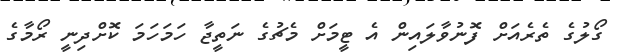
ގޯލުގެ ތެރެއަށް ފޮނުވާލައިން އެ ޓީމަށް މެޗުގެ ނަތީޖާ ހަމަހަމަ ކޮށްދިނީ ރޯމާގެ